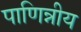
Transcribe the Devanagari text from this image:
पाणिन्नीय